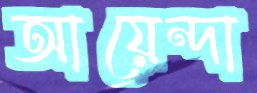
আয়েন্দা